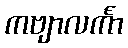
ကဗျာလင်္ကာ